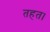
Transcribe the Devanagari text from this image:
तहत।